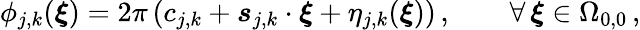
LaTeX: \phi_{j,k}(\boldsymbol{\xi})=2\pi\left(c_{j,k}+\boldsymbol{s}_{j,k}\cdot\boldsymbol{\xi}+\eta_{j,k}(\boldsymbol{\xi})\right)\, ,\qquad\forall\, \boldsymbol{\xi}\in\Omega_{0,0}\, ,